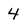
Character: 4